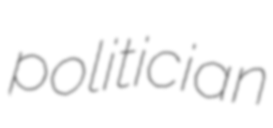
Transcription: politician